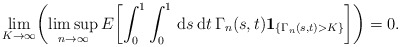
\begin{align*} \lim_{K\to\infty} \biggl( \limsup_{n\to\infty} E \biggl[\int_0^1\int_0^1 \,\mathrm{d}s \,\mathrm{d}t\,\Gamma_n(s,t) \mathbf{1}_{\{\Gamma_n(s,t)>K\}} \biggr] \biggr) =0.\end{align*}